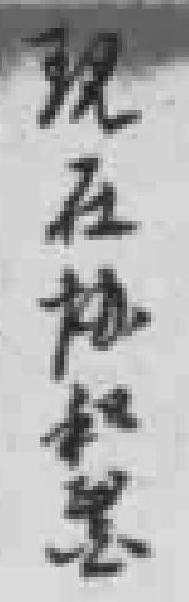
現在协和毉